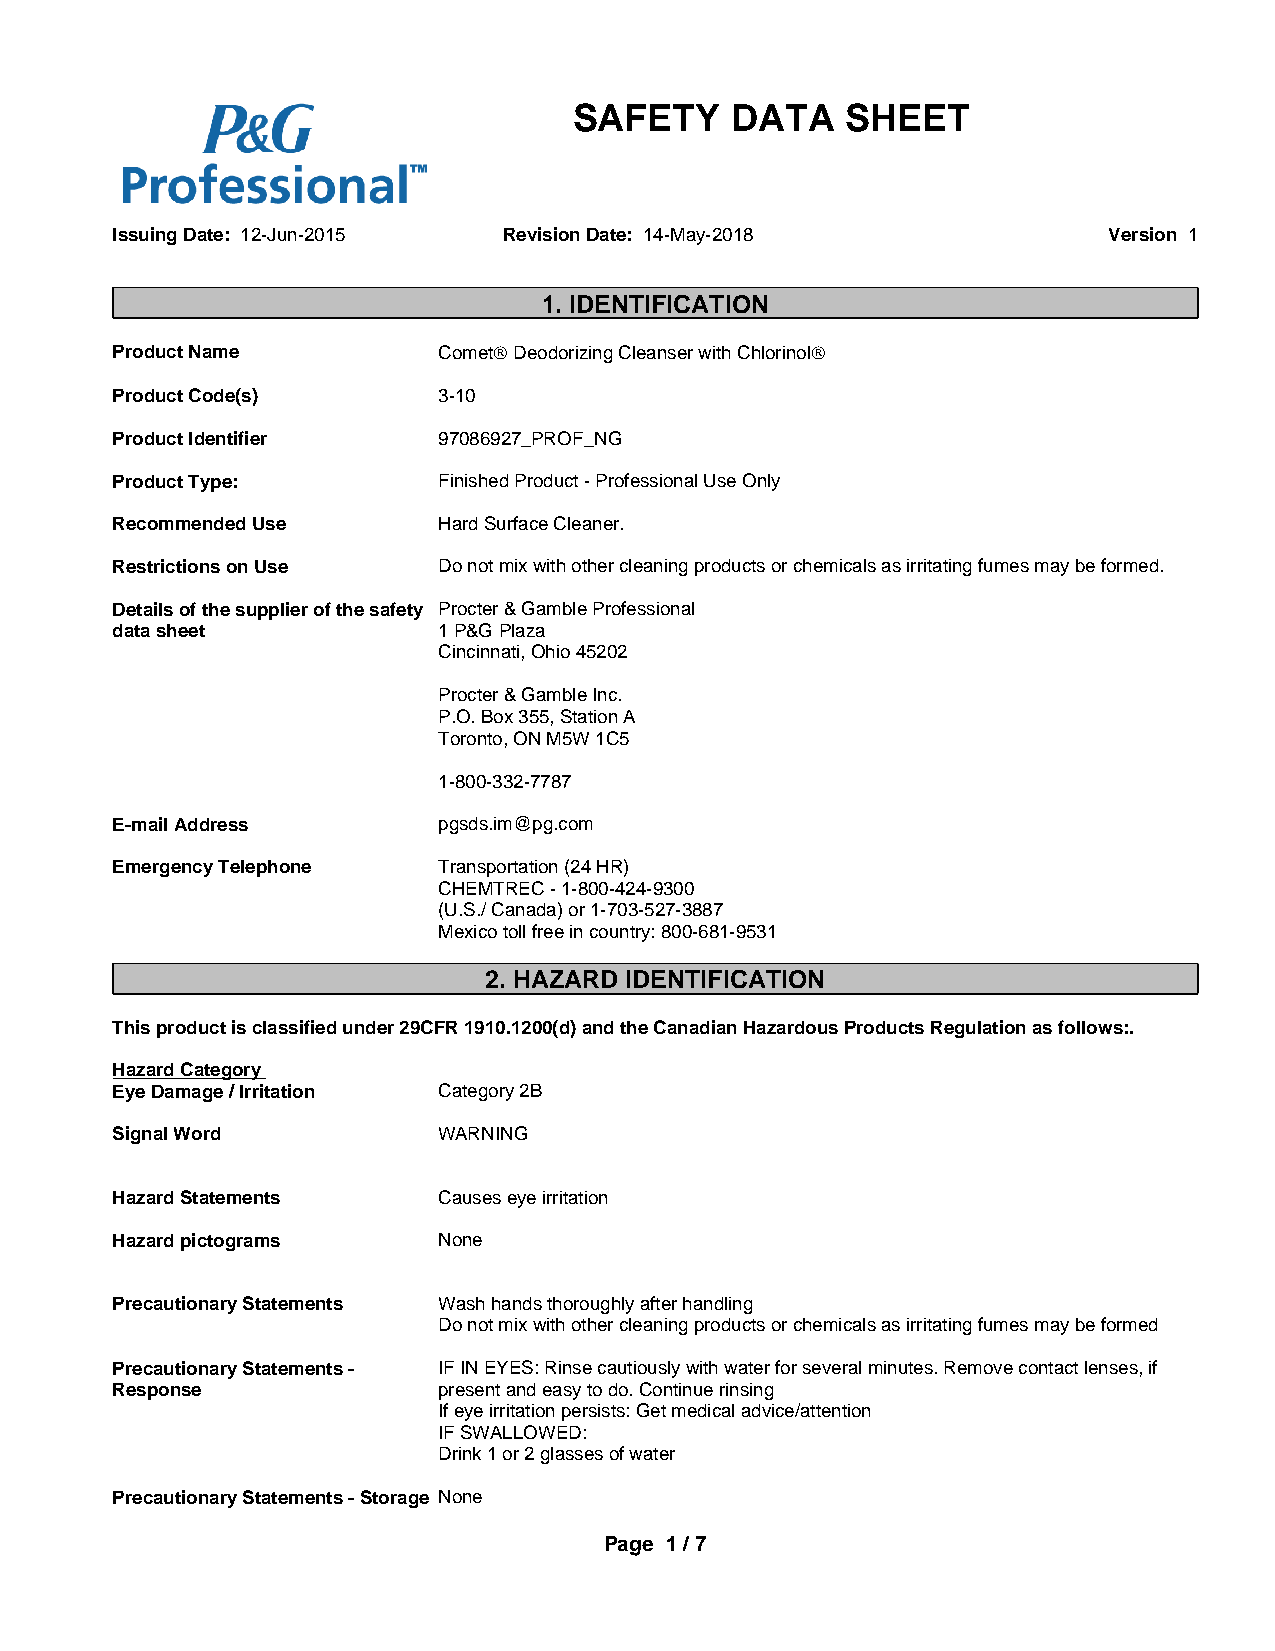
SAFETY    DATA    SHEET
 Issuing Date: 12-Jun-2015 Revision Date: 14-May-2018              Version 1
 1. IDENTIFICATION
 Product Name          CometÒ Deodorizing Cleanser with ChlorinolÒ
 Product Code(s)       3-10
 Product Identifier    97086927_PROF_NG
 Product Type:         Finished Product - Professional Use Only
 Recommended Use       Hard Surface Cleaner.
 Restrictions on Use   Do not mix with other cleaning products or chemicals as irritating fumes may be formed.
 Details of the supplier of the safety Procter & Gamble Professional
 data sheet            1 P&G Plaza
 Cincinnati, Ohio 45202
 Procter & Gamble Inc.
 P.O. Box 355, Station A
 Toronto, ON M5W 1C5
 1-800-332-7787
 E-mail Address        pgsds.im@pg.com
 Emergency Telephone   Transportation (24 HR)
 CHEMTREC - 1-800-424-9300
 (U.S./ Canada) or 1-703-527-3887
 Mexico toll free in country: 800-681-9531
 2. HAZARD IDENTIFICATION
 This product is classified under 29CFR 1910.1200(d) and the Canadian Hazardous Products Regulation as follows:.
 Hazard Category
 Eye Damage / Irritation Category 2B
 Signal Word           WARNING
 Hazard Statements     Causes eye irritation
 Hazard pictograms     None
 Precautionary Statements Wash hands thoroughly after handling
 Do not mix with other cleaning products or chemicals as irritating fumes may be formed
 Precautionary Statements - IF IN EYES: Rinse cautiously with water for several minutes. Remove contact lenses, if
 Response              present and easy to do. Continue rinsing
 If eye irritation persists: Get medical advice/attention
 IF SWALLOWED:
 Drink 1 or 2 glasses of water
 Precautionary Statements - Storage None
 Page 1 / 7